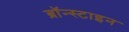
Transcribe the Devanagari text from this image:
ब्रॉन्स्टाइन